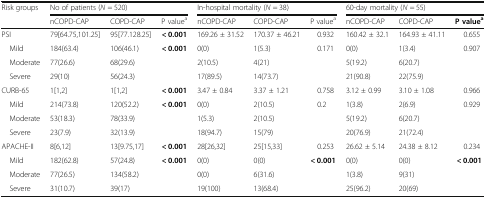
<table><thead><tr><td rowspan="2"><b>Risk groups</b></td><td colspan="3"><b>No of patients (<i>N</i> = 520)</b></td><td colspan="3"><b>In-hospital mortality (<i>N</i> = 38)</b></td><td colspan="3"><b>60-day mortality (<i>N</i> = 55)</b></td></tr><tr><td><b>nCOPD-CAP</b></td><td><b>COPD-CAP</b></td><td><b>P value<sup>a</sup></b></td><td><b>nCOPD-CAP</b></td><td><b>COPD-CAP</b></td><td><b>P value<sup>a</sup></b></td><td><b>nCOPD-CAP</b></td><td><b>COPD-CAP</b></td><td><b>P value<sup>a</sup></b></td></tr></thead><tbody><tr><td>PSI</td><td>79[64.75,101.25]</td><td>95[77.128.25]</td><td><b>&lt; 0.001</b></td><td>169.26 ± 31.52</td><td>170.37 ± 46.21</td><td>0.932</td><td>160.42 ± 32.1</td><td>164.93 ± 41.11</td><td>0.655</td></tr><tr><td> Mild</td><td>184(63.4)</td><td>106(46.1)</td><td><b>&lt; 0.001</b></td><td>0(0)</td><td>1(5.3)</td><td>0.171</td><td>0(0)</td><td>1(3.4)</td><td>0.907</td></tr><tr><td> Moderate</td><td>77(26.6)</td><td>68(29.6)</td><td></td><td>2(10.5)</td><td>4(21)</td><td></td><td>5(19.2)</td><td>6(20.7)</td><td></td></tr><tr><td> Severe</td><td>29(10)</td><td>56(24.3)</td><td></td><td>17(89.5)</td><td>14(73.7)</td><td></td><td>21(90.8)</td><td>22(75.9)</td><td></td></tr><tr><td>CURB-65</td><td>1[1,2]</td><td>1[1,2]</td><td><b>&lt; 0.001</b></td><td>3.47 ± 0.84</td><td>3.37 ± 1.21</td><td>0.758</td><td>3.12 ± 0.99</td><td>3.10 ± 1.08</td><td>0.966</td></tr><tr><td> Mild</td><td>214(73.8)</td><td>120(52.2)</td><td><b>&lt; 0.001</b></td><td>0(0)</td><td>2(10.5)</td><td>0.2</td><td>1(3.8)</td><td>2(6.9)</td><td>0.929</td></tr><tr><td> Moderate</td><td>53(18.3)</td><td>78(33.9)</td><td></td><td>1(5.3)</td><td>2(10.5)</td><td></td><td>5(19.2)</td><td>6(20.7)</td><td></td></tr><tr><td> Severe</td><td>23(7.9)</td><td>32(13.9)</td><td></td><td>18(94.7)</td><td>15(79)</td><td></td><td>20(76.9)</td><td>21(72.4)</td><td></td></tr><tr><td>APACHE-II</td><td>8[6,12]</td><td>13[9.75,17]</td><td><b>&lt; 0.001</b></td><td>28[26,32]</td><td>25[15,33]</td><td>0.253</td><td>26.62 ± 5.14</td><td>24.38 ± 8.12</td><td>0.234</td></tr><tr><td> Mild</td><td>182(62.8)</td><td>57(24.8)</td><td><b>&lt; 0.001</b></td><td>0(0)</td><td>0(0)</td><td><b>&lt; 0.001</b></td><td>0(0)</td><td>0(0)</td><td><b>&lt; 0.001</b></td></tr><tr><td> Moderate</td><td>77(26.5)</td><td>134(58.2)</td><td></td><td>0(0)</td><td>6(31.6)</td><td></td><td>1(3.8)</td><td>9(31)</td><td></td></tr><tr><td> Severe</td><td>31(10.7)</td><td>39(17)</td><td></td><td>19(100)</td><td>13(68.4)</td><td></td><td>25(96.2)</td><td>20(69)</td><td></td></tr></tbody></table>